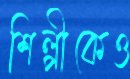
শিল্পীকেও